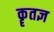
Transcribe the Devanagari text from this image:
कॄतज्ञ